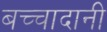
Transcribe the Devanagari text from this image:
बच्चादानी